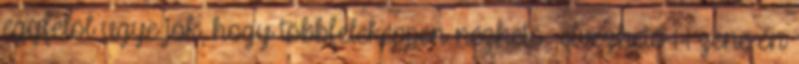
egyfelöl ugye jók, hogy többféleképpen nézhető élvezhető 1-1 zene én